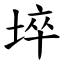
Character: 埣